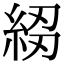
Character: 𥿷